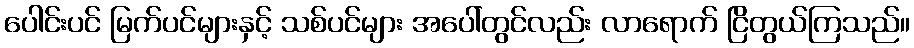
ပေါင်းပင် မြက်ပင်များနှင့် သစ်ပင်များ အပေါ်တွင်လည်း လာရောက် ငြိတွယ်ကြသည်။